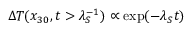
\Delta T ( x _ { 3 0 } , t > \lambda _ { S } ^ { - 1 } ) \propto \exp ( - \lambda _ { S } t )